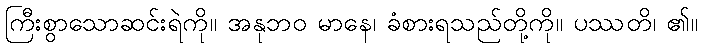
ကြီးစွာသောဆင်းရဲကို။ အနုဘဝ မာနေ၊ ခံစားရသည်တို့ကို။ ပဿတိ၊ ၏။